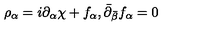
\rho _ { \alpha } = i \partial _ { \alpha } \chi + f _ { \alpha } , \bar { \partial } _ { \bar { \beta } } f _ { \alpha } = 0